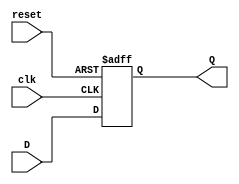
module D_trigger4(clk,reset,D,Q);
input clk,reset;
input [3:0] D;
output reg [3:0] Q;

always@(posedge clk or negedge reset) begin
  if(~reset) begin
    Q <= 4'b0;
  end
  else begin 
    Q <= D;
  end
end

endmodule